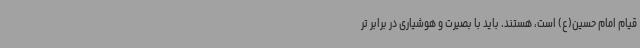
قیام امام حسین(ع) است، هستند. باید با بصیرت و هوشیاری در برابر تر